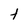
Character: t